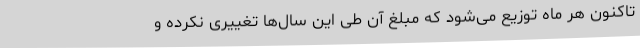
تاکنون هر ماه توزیع می‌شود که مبلغ آن طی این سال‌ها تغییری نکرده و